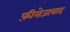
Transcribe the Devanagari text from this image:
फ़ीरोजाबाद